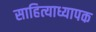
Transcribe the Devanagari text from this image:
साहित्याध्यापक